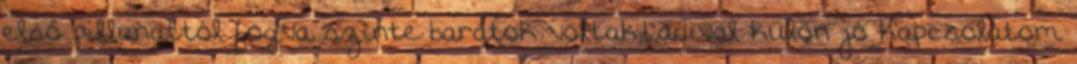
első pillanattól fogva szinte barátok voltak,Lacival külön jó kapcsolatom